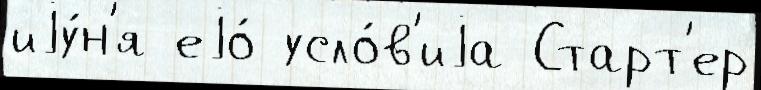
иjу́н'я еjо́ усло́в'иjа Старт'ер